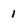
Character: 1